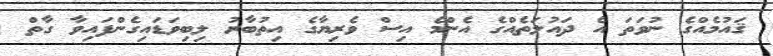
ޤައުމެއްގެ ނުވަތަ އެ ދައުލަތެއްގެ އެންމެ އިސް ވެރިޔާގެ އިތުބާރު ލިބިވަޑައިގެންފައިވާ ގާތް